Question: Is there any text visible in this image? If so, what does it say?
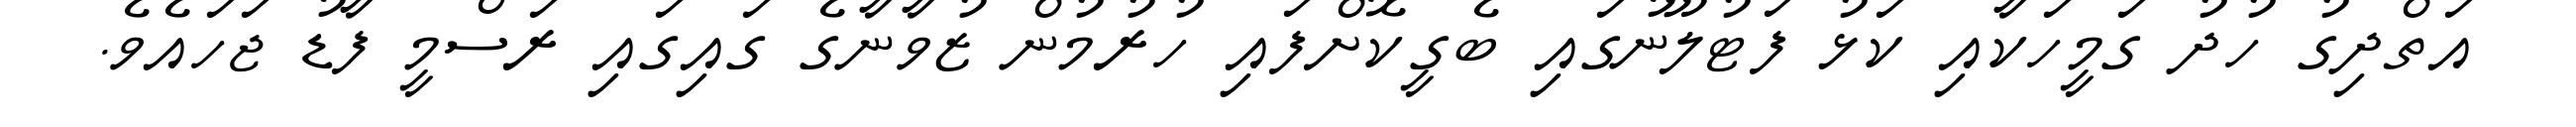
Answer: އަތްދިގު ހުދު ގަމީހަކާއި ކަޅު ފަޓުލޫނުގައި ބެގީކޮށްފައި ހުރުމުން ޒުވާނާގެ ގައިގައި ރަސްމީ ފާޑު ޖަހައެވެ.